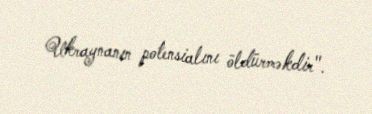
Ukraynanın potensialını öldürməkdir".